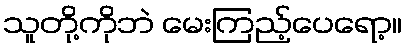
သူတို့ကိုဘဲ မေးကြည့်ပေရော့။